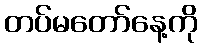
တပ်မတော်နေ့ကို